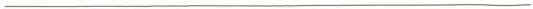
___